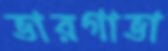
ভারগাভা